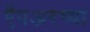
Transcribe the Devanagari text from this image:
ऍंपअरच्या